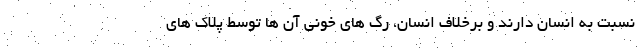
نسبت به انسان دارند و برخلاف انسان، رگ های خونی آن ها توسط پلاک های